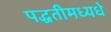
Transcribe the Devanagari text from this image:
पद्धतीमध्यधे